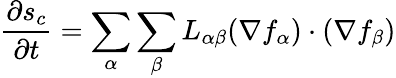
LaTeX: {\frac{\partial s_{c}}{\partial t}}=\sum_{\alpha}\sum_{\beta}L_{\alpha\beta}(\nabla f_{\alpha})\cdot(\nabla f_{\beta})